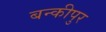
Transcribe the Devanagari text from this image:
बन्कीपुर